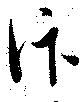
汴